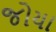
જોયા